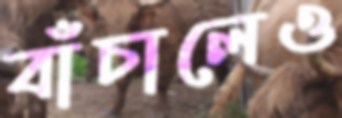
বাঁচালেও